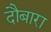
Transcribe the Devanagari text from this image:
दौबारा